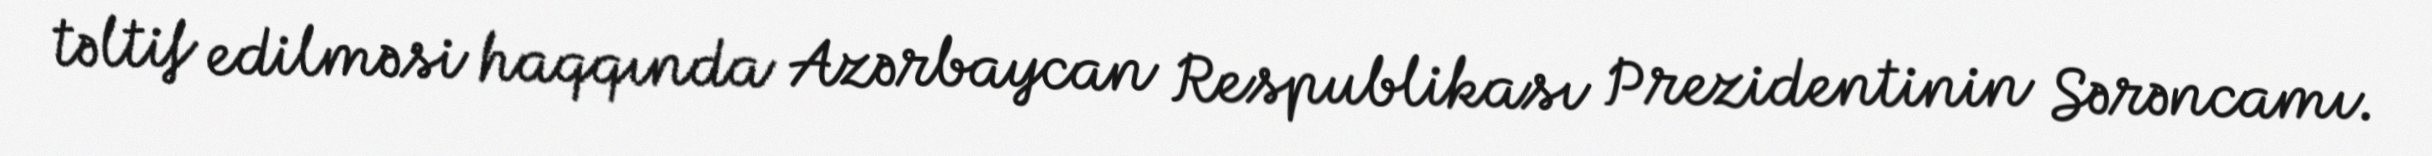
təltif edilməsi haqqında Azərbaycan Respublikası Prezidentinin Sərəncamı.